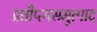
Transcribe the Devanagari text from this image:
प्रतीप्त्यसमुत्पाद